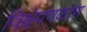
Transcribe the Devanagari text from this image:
विक्षेपणकोण